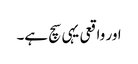
اور واقعی یہی سچ ہے۔